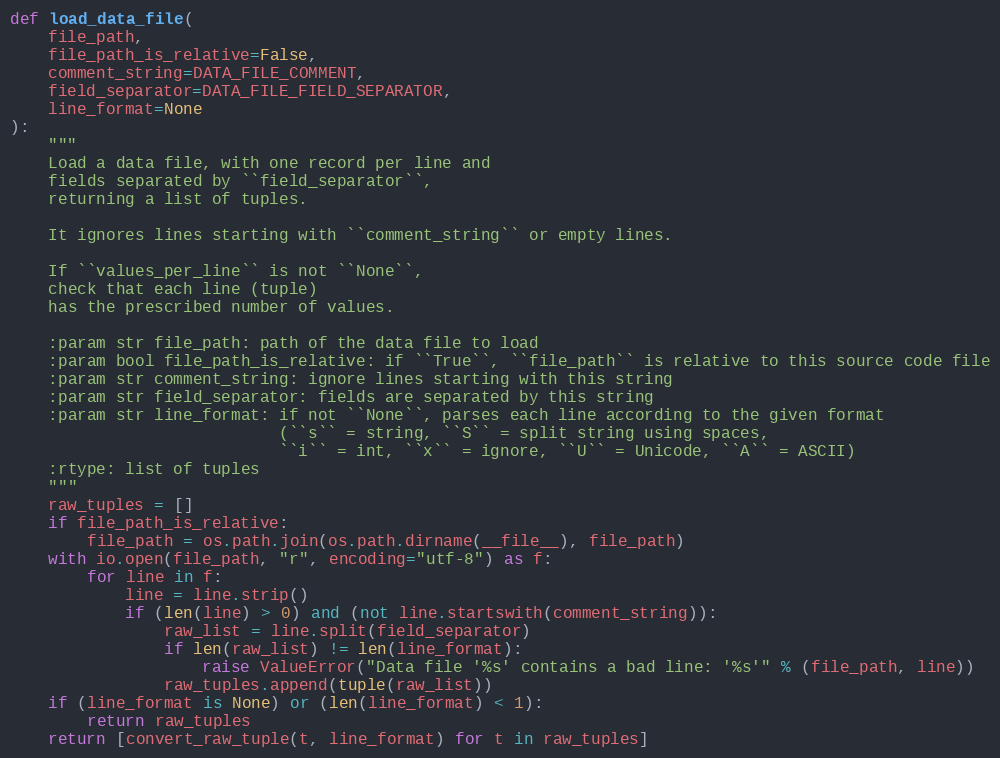
Language: Python
def load_data_file(
    file_path,
    file_path_is_relative=False,
    comment_string=DATA_FILE_COMMENT,
    field_separator=DATA_FILE_FIELD_SEPARATOR,
    line_format=None
):
    """
    Load a data file, with one record per line and
    fields separated by ``field_separator``,
    returning a list of tuples.

    It ignores lines starting with ``comment_string`` or empty lines.

    If ``values_per_line`` is not ``None``,
    check that each line (tuple)
    has the prescribed number of values.

    :param str file_path: path of the data file to load
    :param bool file_path_is_relative: if ``True``, ``file_path`` is relative to this source code file
    :param str comment_string: ignore lines starting with this string
    :param str field_separator: fields are separated by this string
    :param str line_format: if not ``None``, parses each line according to the given format
                            (``s`` = string, ``S`` = split string using spaces,
                            ``i`` = int, ``x`` = ignore, ``U`` = Unicode, ``A`` = ASCII)
    :rtype: list of tuples
    """
    raw_tuples = []
    if file_path_is_relative:
        file_path = os.path.join(os.path.dirname(__file__), file_path)
    with io.open(file_path, "r", encoding="utf-8") as f:
        for line in f:
            line = line.strip()
            if (len(line) > 0) and (not line.startswith(comment_string)):
                raw_list = line.split(field_separator)
                if len(raw_list) != len(line_format):
                    raise ValueError("Data file '%s' contains a bad line: '%s'" % (file_path, line))
                raw_tuples.append(tuple(raw_list))
    if (line_format is None) or (len(line_format) < 1):
        return raw_tuples
    return [convert_raw_tuple(t, line_format) for t in raw_tuples]